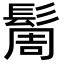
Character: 䯾